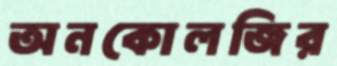
অনকোলজির